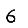
Digit: 6